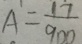
A = \frac { 1 7 } { 9 0 0 }